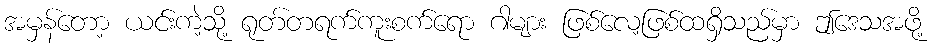
အမှန်တော့ ယင်းကဲ့သို့ ရုတ်တရက်ကူးစက်ရော ဂါများ ဖြစ်လေ့ဖြစ်ထရှိသည်မှာ ဤဒေသအဖို့